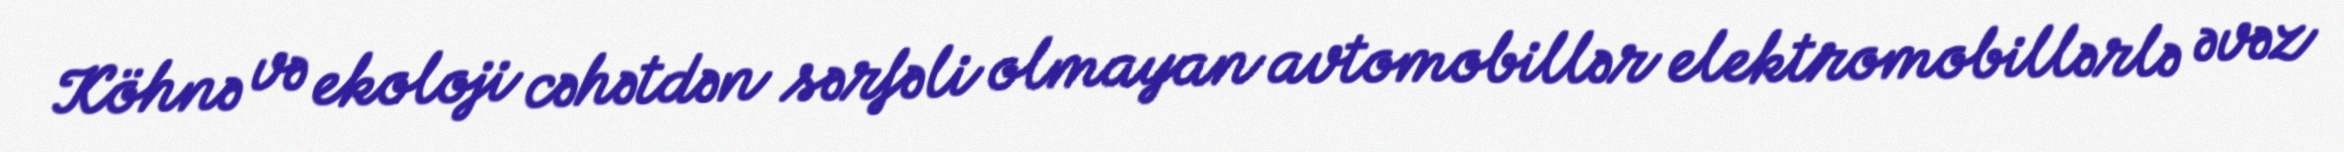
Köhnə və ekoloji cəhətdən sərfəli olmayan avtomobillər elektromobillərlə əvəz